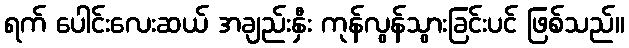
ရက် ပေါင်းလေးဆယ် အချည်းနှီး ကုန်လွန်သွားခြင်းပင် ဖြစ်သည်။